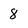
Character: 8